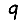
Digit: 9